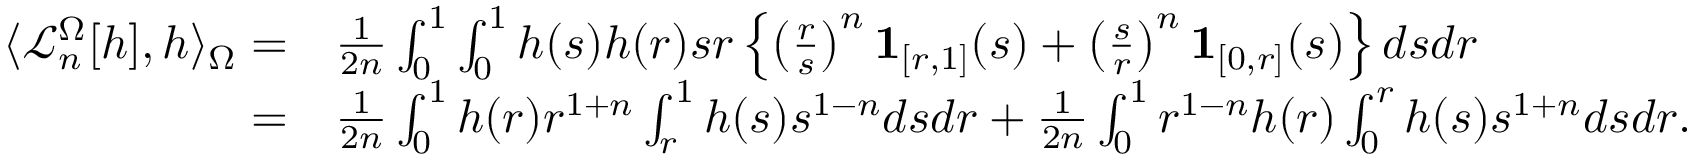
\begin{array} { r l } { \langle \mathcal { L } _ { n } ^ { \Omega } [ h ] , h \rangle _ { \Omega } = } & { \frac { 1 } { 2 n } \int _ { 0 } ^ { 1 } \int _ { 0 } ^ { 1 } h ( s ) h ( r ) s r \left\{ \left( \frac { r } { s } \right) ^ { n } { \bf 1 } _ { [ r , 1 ] } ( s ) + \left( \frac { s } { r } \right) ^ { n } { \bf 1 } _ { [ 0 , r ] } ( s ) \right\} d s d r } \\ { = } & { \frac { 1 } { 2 n } \int _ { 0 } ^ { 1 } h ( r ) r ^ { 1 + n } \int _ { r } ^ { 1 } h ( s ) s ^ { 1 - n } d s d r + \frac { 1 } { 2 n } \int _ { 0 } ^ { 1 } r ^ { 1 - n } h ( r ) \int _ { 0 } ^ { r } h ( s ) s ^ { 1 + n } d s d r . } \end{array}